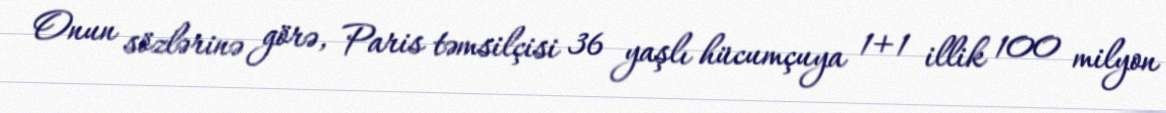
Onun sözlərinə görə, Paris təmsilçisi 36 yaşlı hücumçuya 1+1 illik 100 milyon